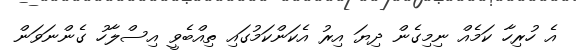
އެ ހުރިހާ ކަމެއް ނިމިގެން ދިޔަ އިރު އެކަންކަމުގައި ތިއްބެވީ އިސްލާހު ގެންނަވަން